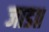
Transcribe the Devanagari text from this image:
जाड॥